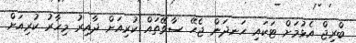
ބްރިޖް އެޅުމަށް ޓަކައި ހަނދަން ޖެހޭ ސާވޭތައް ކުރިއަށް ދާއިރު މިހާރު ކުރިއަށް